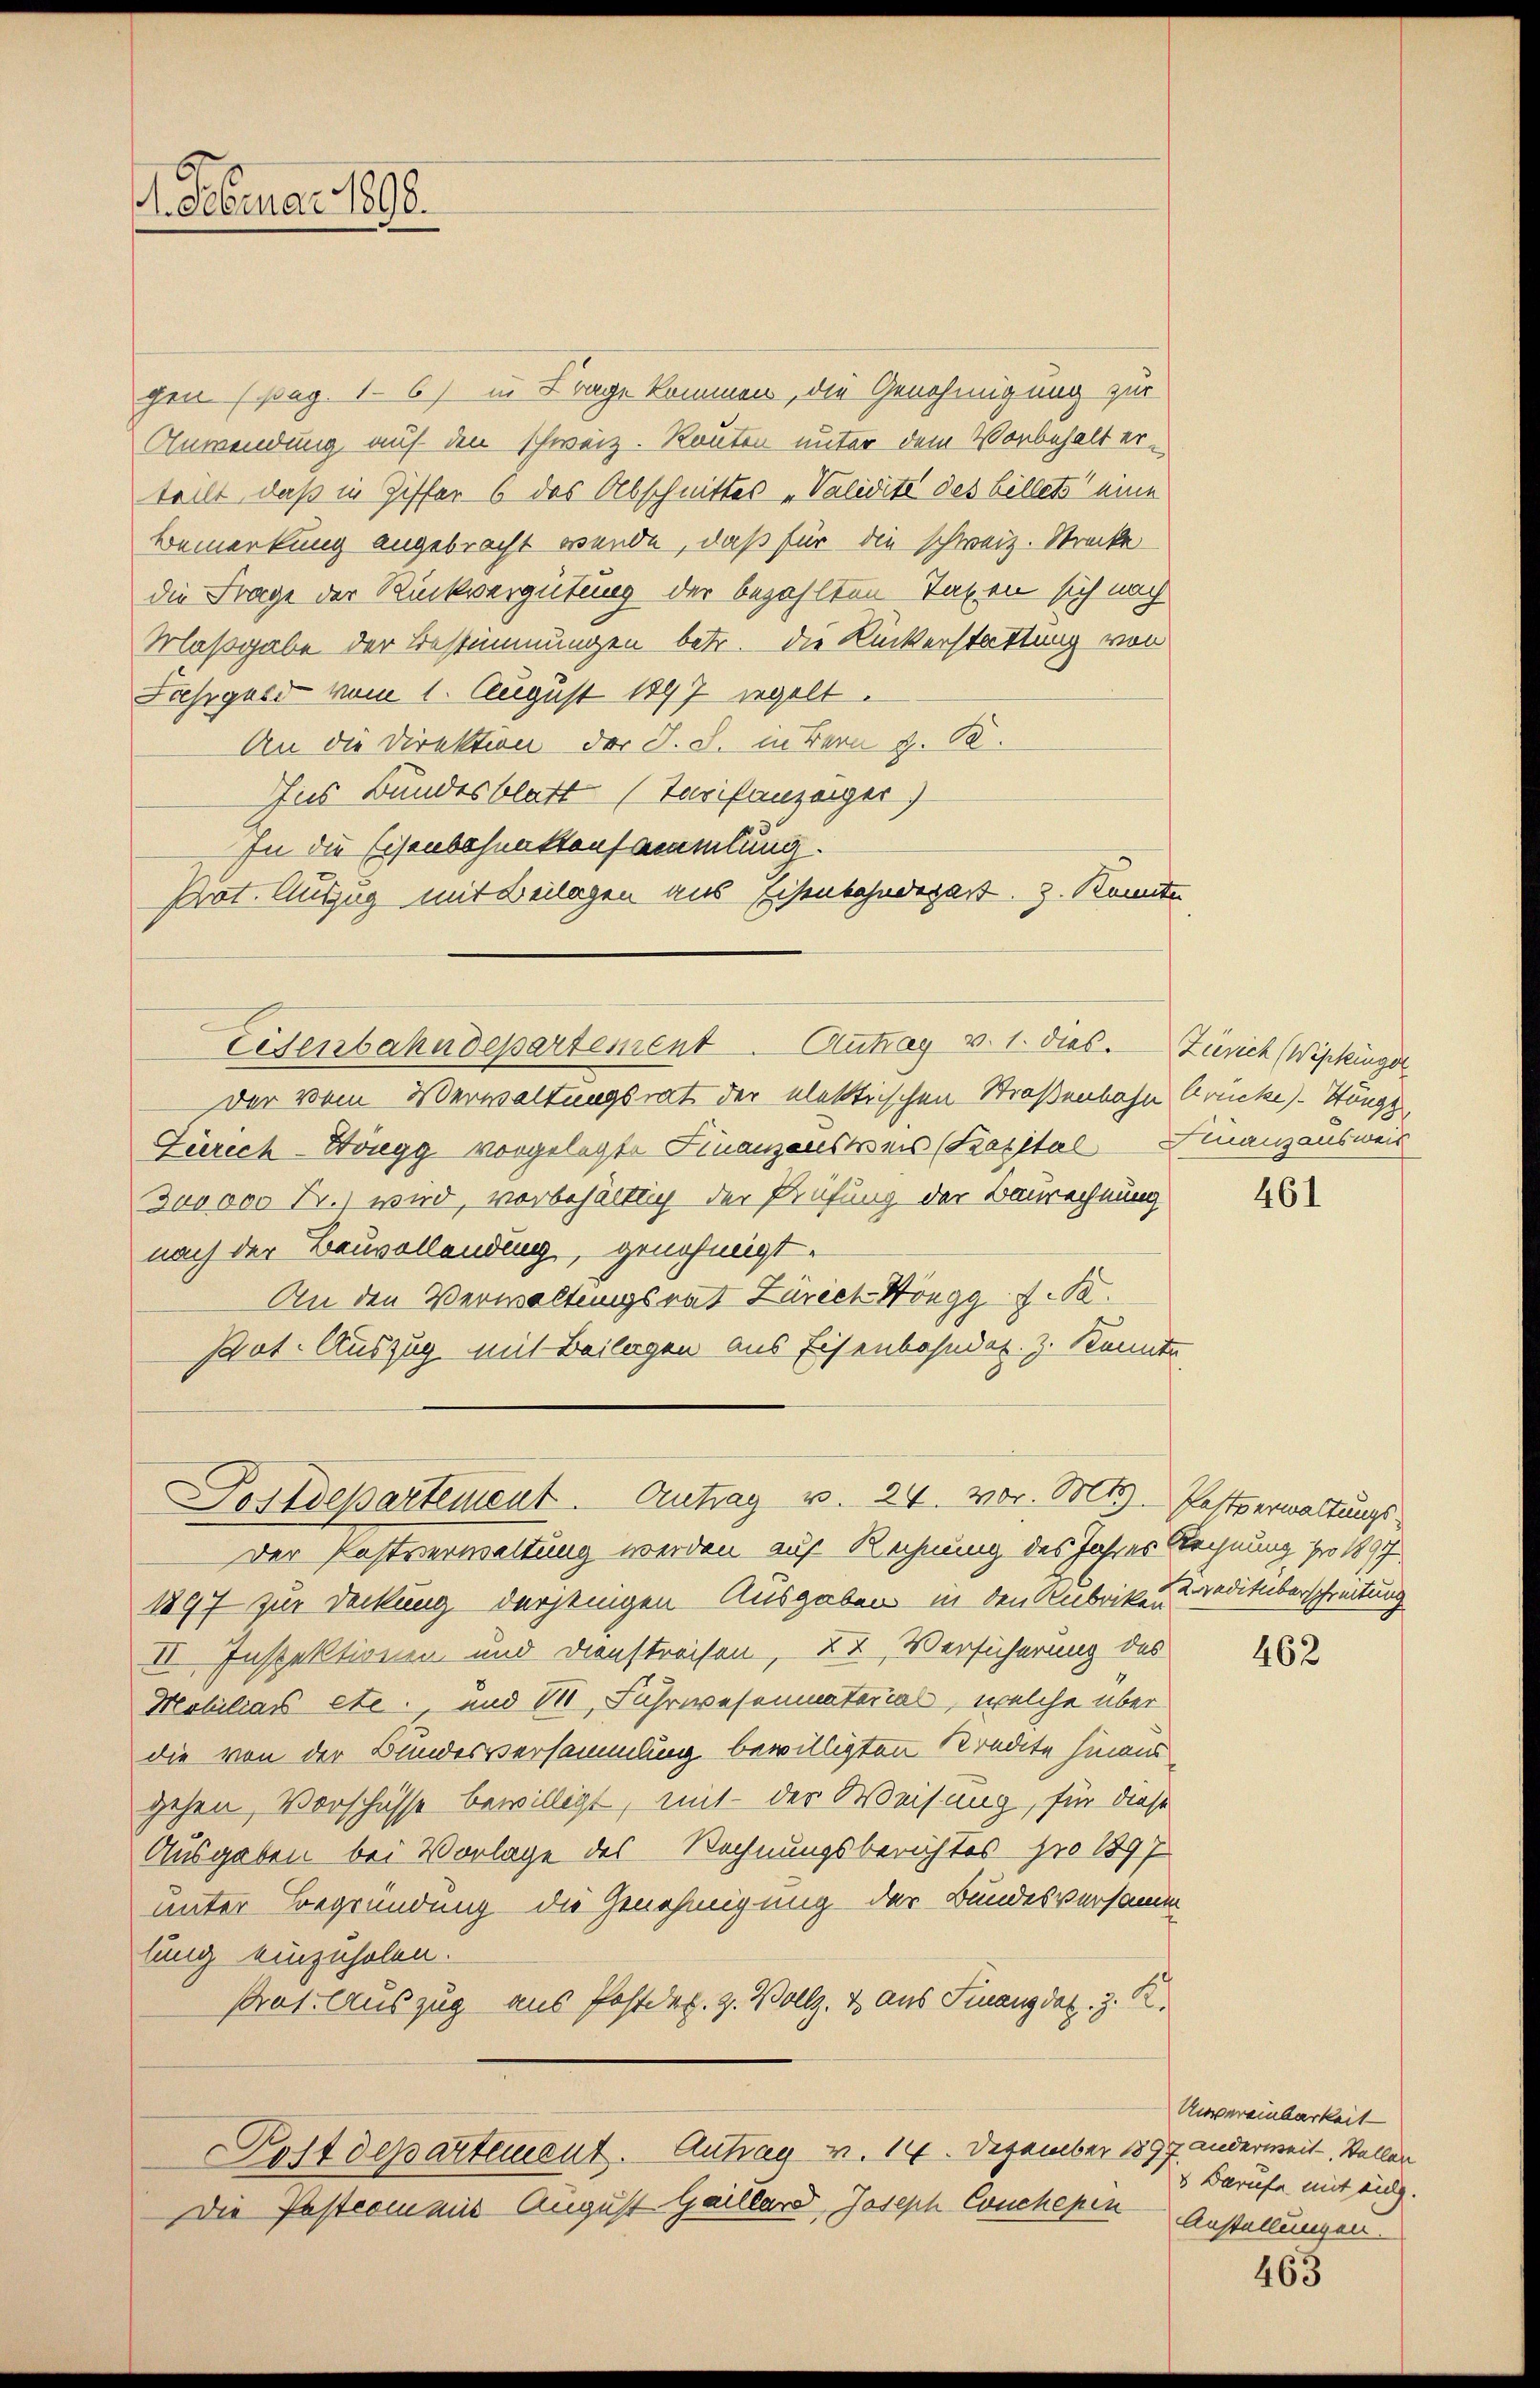
. Februar 1890.

chen (pag. 16) in Frage kommen, die Genehmigung zur
Anwendung auf den schweiz. Rauten unter dem Vorbehalt erteilt, daß in Ziffer 6 des Abschnittes „Validité des billete eine
Bemerkung angebracht werde, daß für die schweiz. Strecke
die Frage der Rückvergütung der bezahlten Taxen sich nach
Maßgabe der Bestimmungen betr. die Ruckerstattung von
Jahrgard vom 1. August 1897 segelt.
An die Direktion der J. J. in Bern z. B.
Ins Bundesblatt (Tarifanzeiger)
In die Eisenbefunktensammlung.
Prot. Auszug mit Beilagen aus Eisenbahndepart. 3. Konnte
der vom Verwaltungsrat der elektrischen Straßenbahn Crucke) Stöngg,
Zürich-Honegg vorgelegte Finanzensweis (Kapital Finanzausweis
Zooooo Fr. wird, vorbehältlich der Prüfung der Baurechnung
nach der Bauvollendung, genehmigt.
An den Verwaltungsrat Zürich Höngg s. S.
sant. Auszug mit Beilagen aus Eisenbahndet. Z. Kennte,
Postdepartement. Antrag v. 24. vor. Mts. Pastverwaltungs
Der Postverwaltung werden auf Rechnung des Jahres Rechnung pro 1897
1897 zur Deckung derfeingen Ausgaben, in den Anbriken reditüberschreitung
II. Inspektionen und Dienstreisen, 27. Versicherung des
Mobiliars etc., und 111 Fuhrwesenmaterial, welche über
die von der Bundesversammlung bewilligten Kredite hinaus
gehen, Vorschüsse bewilligt, mit der Weisung, für diese
Ausgaben bei Vorlage des Rechnungsberichtes pro 1897
unter Begründung die Genehmigung der Bundesversamm
lung einzuholen.
strat. Auszug aus Postdep. 2. Vollz. & aus Finanzdaz. 3. K.
Postdepartement. Antrag v. 14. Dezember 1897 anderweit, Stellen
Die Pastcommis August Gaillard, Joseph Couchepen

Eisenbahndepartement Antrag v. 1. dies. — Zürich (Wipkinger

461

462

Unvereinbarkeit
s Berufe mit ausg.
Anstellungen.

463